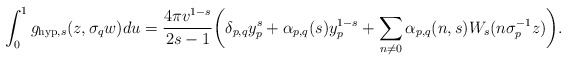
\begin{align*}&\int_{0}^{1}g_{\mathrm{hyp},s}(z,\sigma_{q}w)du=\frac{4\pi v^{1-s}}{2s-1}\bigg(\delta_{p,q}y_{p}^{s}+\alpha_{p,q}(s)y_{p}^{1-s}+\sum_{n\not = 0}\alpha_{p,q}(n,s)W_{s}(n\sigma_{p}^{-1}z)\bigg).\end{align*}